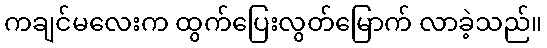
ကချင်မလေးက ထွက်ပြေးလွတ်မြောက် လာခဲ့သည်။